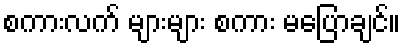
စကားလက် များများ စကား မပြောချင်။